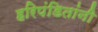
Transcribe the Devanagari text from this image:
हरिपंडितांनी